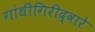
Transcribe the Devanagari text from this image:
गांधीगिरीद्वारे